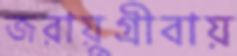
জরায়ুগ্রীবায়